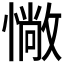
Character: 𢠵